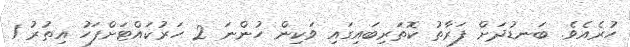
ހުރެއެވެ. ބަނޑުދަށް ފަރާތު ކޮތަރިބައިގައި ވަކިން ހުންނަ 2 ހަރުކައްޓަށްފަހު އިތުރު 1